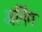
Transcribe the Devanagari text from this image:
अर्निंग